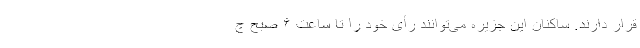
قرار دارند. ساکنان این جزیره می‌توانند رأی خود را تا ساعت ۶ صبح چ